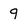
Character: 9